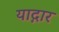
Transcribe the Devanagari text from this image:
याद्गार